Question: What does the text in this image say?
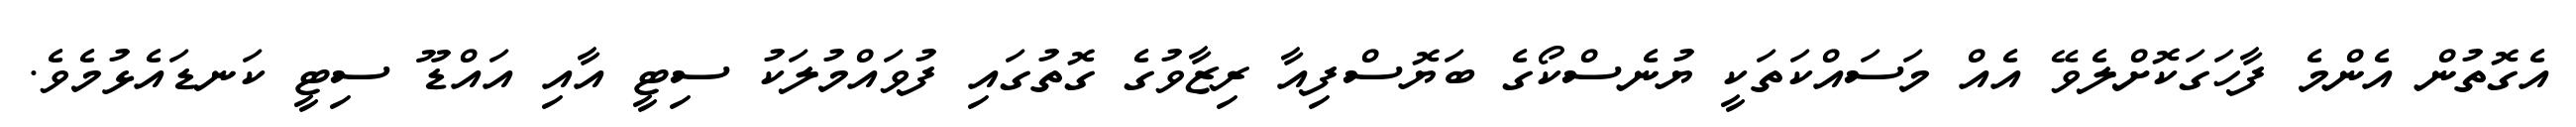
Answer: އެގޮތުން އެންމެ ފާހަގަކޮށްލެވޭ އެއް މަސައްކަތަކީ ޔުނެސްކޯގެ ބަޔޮސްފިއާ ރިޒާވުގެ ގޮތުގައި ފުވައްމުލަކު ސިޓީ އާއި އައްޑޫ ސިޓީ ކަނޑައެޅުމެވެ.